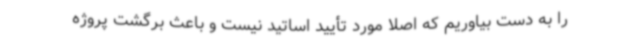
را به دست بیاوریم که اصلاً مورد تأیید اساتید نیست و باعث برگشت پروژه